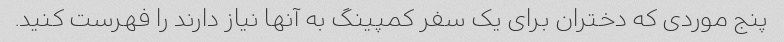
پنج موردی که دختران برای یک سفر کمپینگ به آنها نیاز دارند را فهرست کنید.